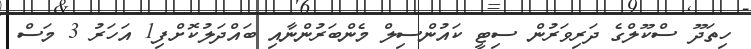
ހިތަދޫ ސްކޫލްގެ ދަރިވަރުން ސިޓީ ކައުންސިލް މެންބަރުންނާއި ބައްދަލުކޮށްފި1 އަހަރު 3 މަސް